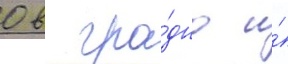
0 в гро́дно и́